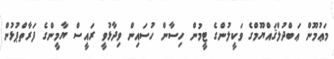
މަޢުމޫން ޢަބްދުލްޤައްޔޫމްގެ ވަކީލުންގެ ޓީމުން ހިސާން ހުސައިން ވިދާޅުވީ ރައީސް ޔާމީންގެ ފަރާތްޕުޅުން